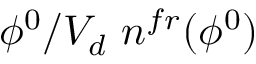
\phi ^ { 0 } / V _ { d } \ n ^ { f r } ( \phi ^ { 0 } )